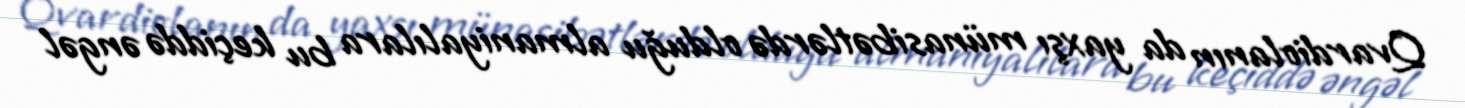
Qvardiolanın da yaxşı münasibətlərdə olduğu almaniyalılara bu keçiddə əngəl